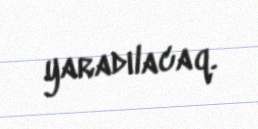
yaradılacaq.